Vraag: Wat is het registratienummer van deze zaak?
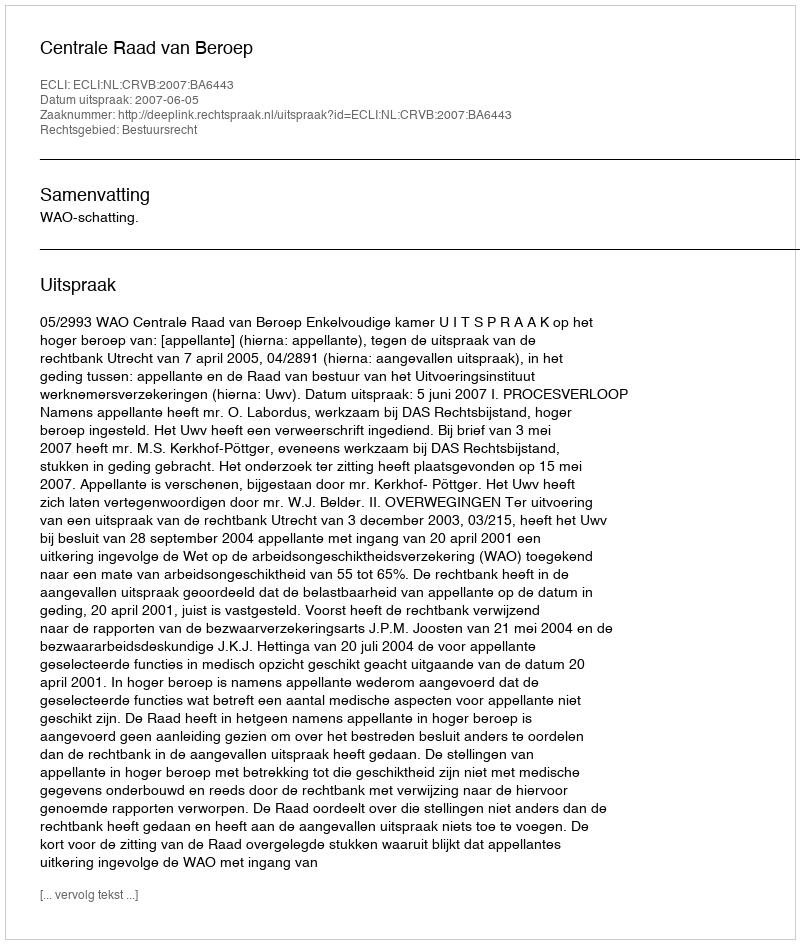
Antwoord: http://deeplink.rechtspraak.nl/uitspraak?id=ECLI:NL:CRVB:2007:BA6443